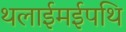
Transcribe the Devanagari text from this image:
थलाईमईपथि